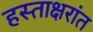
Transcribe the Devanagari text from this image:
हस्ताक्षरांत